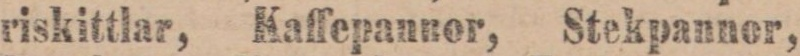
riskittlar, Kaffepannor, Stekpannor,